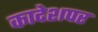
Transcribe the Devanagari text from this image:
कादेशपर